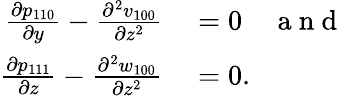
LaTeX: \begin{array}{rl}{\frac{\partial p_{110}}{\partial y}-\frac{\partial^{2}v_{100}}{\partial z^{2}}}&{{}=0\quad\mathrm{~a~n~d~}}\\ {\frac{\partial p_{111}}{\partial z}-\frac{\partial^{2}w_{100}}{\partial z^{2}}}&{{}=0.}\end{array}